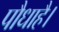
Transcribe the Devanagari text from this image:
पौधाहै।